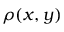
\rho ( x , y )